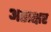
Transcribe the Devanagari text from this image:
अष्ठाक्षर